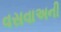
વસવાઅની